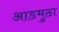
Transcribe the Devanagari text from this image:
आडमुठा